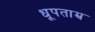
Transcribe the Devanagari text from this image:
धूपताम्र